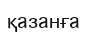
қазанға